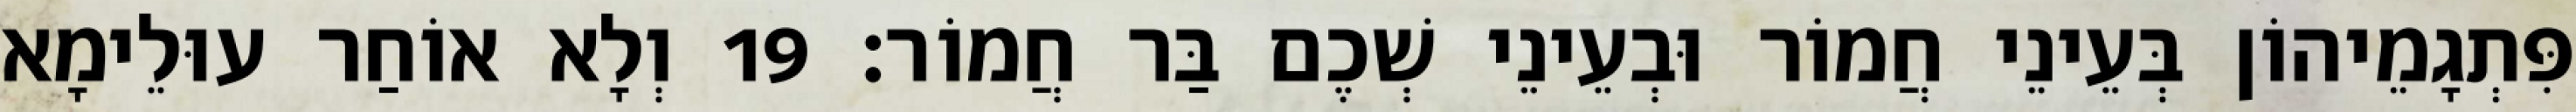
פִּתְגָמֵיהוֹן בְּעֵינֵי חֲמוֹר וּבְעֵינֵי שְׁכֶם בַּר חֲמוֹר׃ 19 וְלָא אוֹחַר עוּלֵימָא